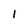
Character: 1